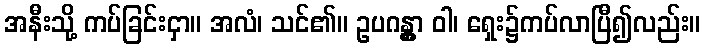
အနီးသို့ ကပ်ခြင်းငှာ။ အလံ၊ သင်၏။ ဥပဂန္တွာ ဝါ၊ ရှေး၌ကပ်လာပြီ၍လည်း။